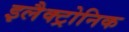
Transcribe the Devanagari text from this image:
इलैक्ट्रोनिक